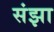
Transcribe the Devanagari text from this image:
संझा